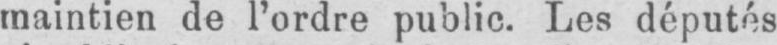
maintien de l’ordre public. Les députés